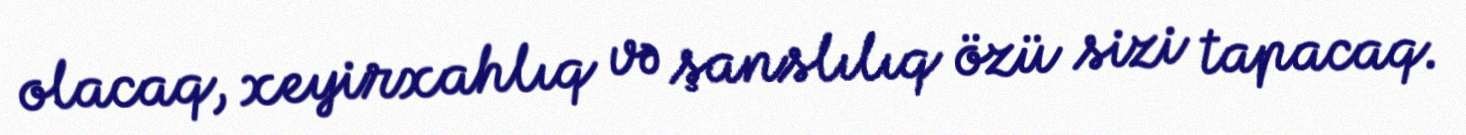
olacaq, xeyirxahlıq və şanslılıq özü sizi tapacaq.